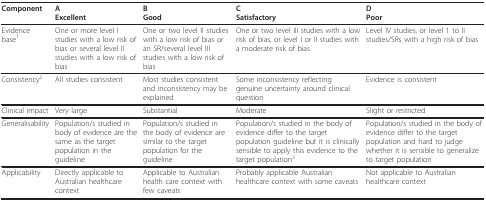
<table><thead><tr><td><b>Component</b></td><td><b>AExcellent</b></td><td><b>BGood</b></td><td><b>CSatisfactory</b></td><td><b>DPoor</b></td></tr></thead><tbody><tr><td>Evidence base<sup>1</sup></td><td>One or more level I studies with a low risk of bias or several level II studies with a low risk of bias</td><td>One or two level II studies with a low risk of bias or an SR/several level III studies with a low risk of bias</td><td>One or two level III studies with a low risk of bias, or level I or II studies with a moderate risk of bias</td><td>Level IV studies, or level 1 to II studies/SRs with a high risk of bias</td></tr><tr><td>Consistency<sup>2</sup></td><td>All studies consistent</td><td>Most studies consistent and inconsistency may be explained</td><td>Some inconsistency reflecting genuine uncertainty around clinical question</td><td>Evidence is consistent</td></tr><tr><td>Clinical impact</td><td>Very large</td><td>Substantial</td><td>Moderate</td><td>Slight or restricted</td></tr><tr><td>Generalisability</td><td>Population/s studied in body of evidence are the same as the target population in the guideline</td><td>Population/s studied in the body of evidence are similar to the target population for the guideline</td><td>Population/s studied in the body of evidence differ to the target population guideline but it is clinically sensible to apply this evidence to the target population<sup>3</sup></td><td>Population/s studied in the body of evidence differ to the target population and hard to judge whether it is sensible to generalize to target population</td></tr><tr><td>Applicability</td><td>Directly applicable to Australian healthcare context</td><td>Applicable to Australian health care context with few caveats</td><td>Probably applicable Australian healthcare context with some caveats</td><td>Not applicable to Australian healthcare context</td></tr></tbody></table>